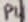
Text: P4